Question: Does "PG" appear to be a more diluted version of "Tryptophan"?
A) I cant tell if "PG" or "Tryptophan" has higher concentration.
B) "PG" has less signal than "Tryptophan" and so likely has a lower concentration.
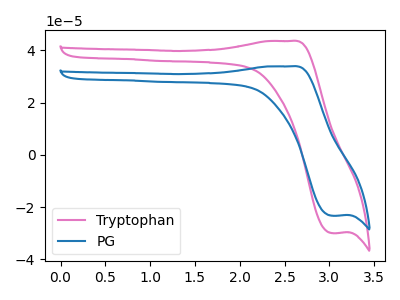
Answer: <think>The pink curve "Tryptophan" has an anodic peak at (2.55V, 43.65uA) and a cathodic peak at (3.05V, -30.00uA). The blue curve "PG" has an anodic peak at (2.55V, 33.90uA) and a cathodic peak at (3.05V, -23.35uA).
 All the peaks in "PG" have a peak in "Tryptophan" at the same potential. Every peak in "PG" is lower than every peak in "Tryptophan".</think>
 <answer>B) "PG" has less signal than "Tryptophan" and so likely has a lower concentration.</answer>
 <eval>B</eval>